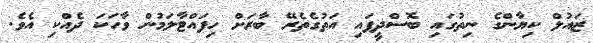
ޒައުލް ކިޔާންގެ ނިތުގައި ބޮސްދީފައި އަތުގެތެރޭ ބާރަށް ހިފަައްޓާލަމުން ވާހަކަ ދެއްކި އެވެ.